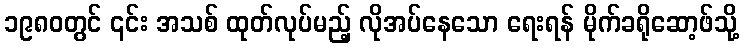
၁၉၈၀တွင် ၎င်း အသစ် ထုတ်လုပ်မည့် လိုအပ်နေသော ရေးရန် မိုက်ခရိုဆော့ဖ်သို့